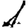
Digit: 1